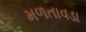
મળતાવડા